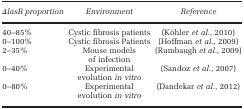
| ΔlasR proportion | Environment | Reference |
 | --- | --- | --- |
 | 40–85% | Cystic fibrosis patients | (Köhler et al., 2010) |
 | 0–100% | Cystic fibrosis Patients | (Hoffman et al., 2009) |
 | 2–35% | Mouse models of infection | (Rumbaugh et al., 2009) |
 | 0–40% | Experimental evolution in vitro | (Sandoz et al., 2007) |
 | 0–80% | Experimental evolution in vitro | (Dandekar et al., 2012) |